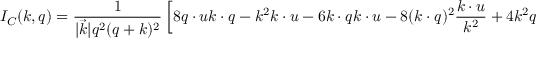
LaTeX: I _ { C } ( k , q ) = \frac { 1 } { | \vec { k } | q ^ { 2 } ( q + k ) ^ { 2 } } \left[ 8 q \cdot u k \cdot q - k ^ { 2 } k \cdot u - 6 k \cdot q k \cdot u - 8 ( k \cdot q ) ^ { 2 } \frac { k \cdot u } { k ^ { 2 } } + 4 k ^ { 2 } q \cdot u \right]